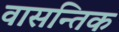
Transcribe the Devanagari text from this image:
वासन्तिक